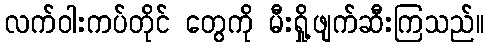
လက်ဝါးကပ်တိုင် တွေကို မီးရှို့ဖျက်ဆီးကြသည်။